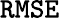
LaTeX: \mathtt{RMSE}